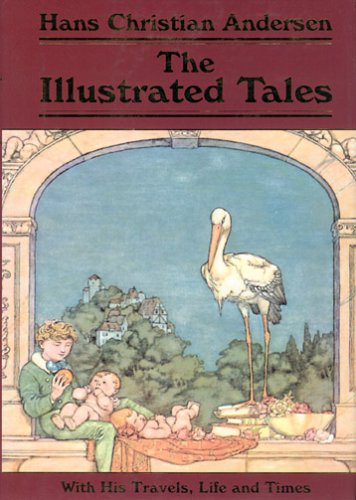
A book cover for Hans Christian Andersen--The Illustrated Tales: With His Travels, Life and Times (Collector's Library Editions); Hans Christian Andersen; Travel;